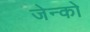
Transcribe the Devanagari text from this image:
जेन्को